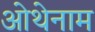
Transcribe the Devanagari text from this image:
ओथेनाम